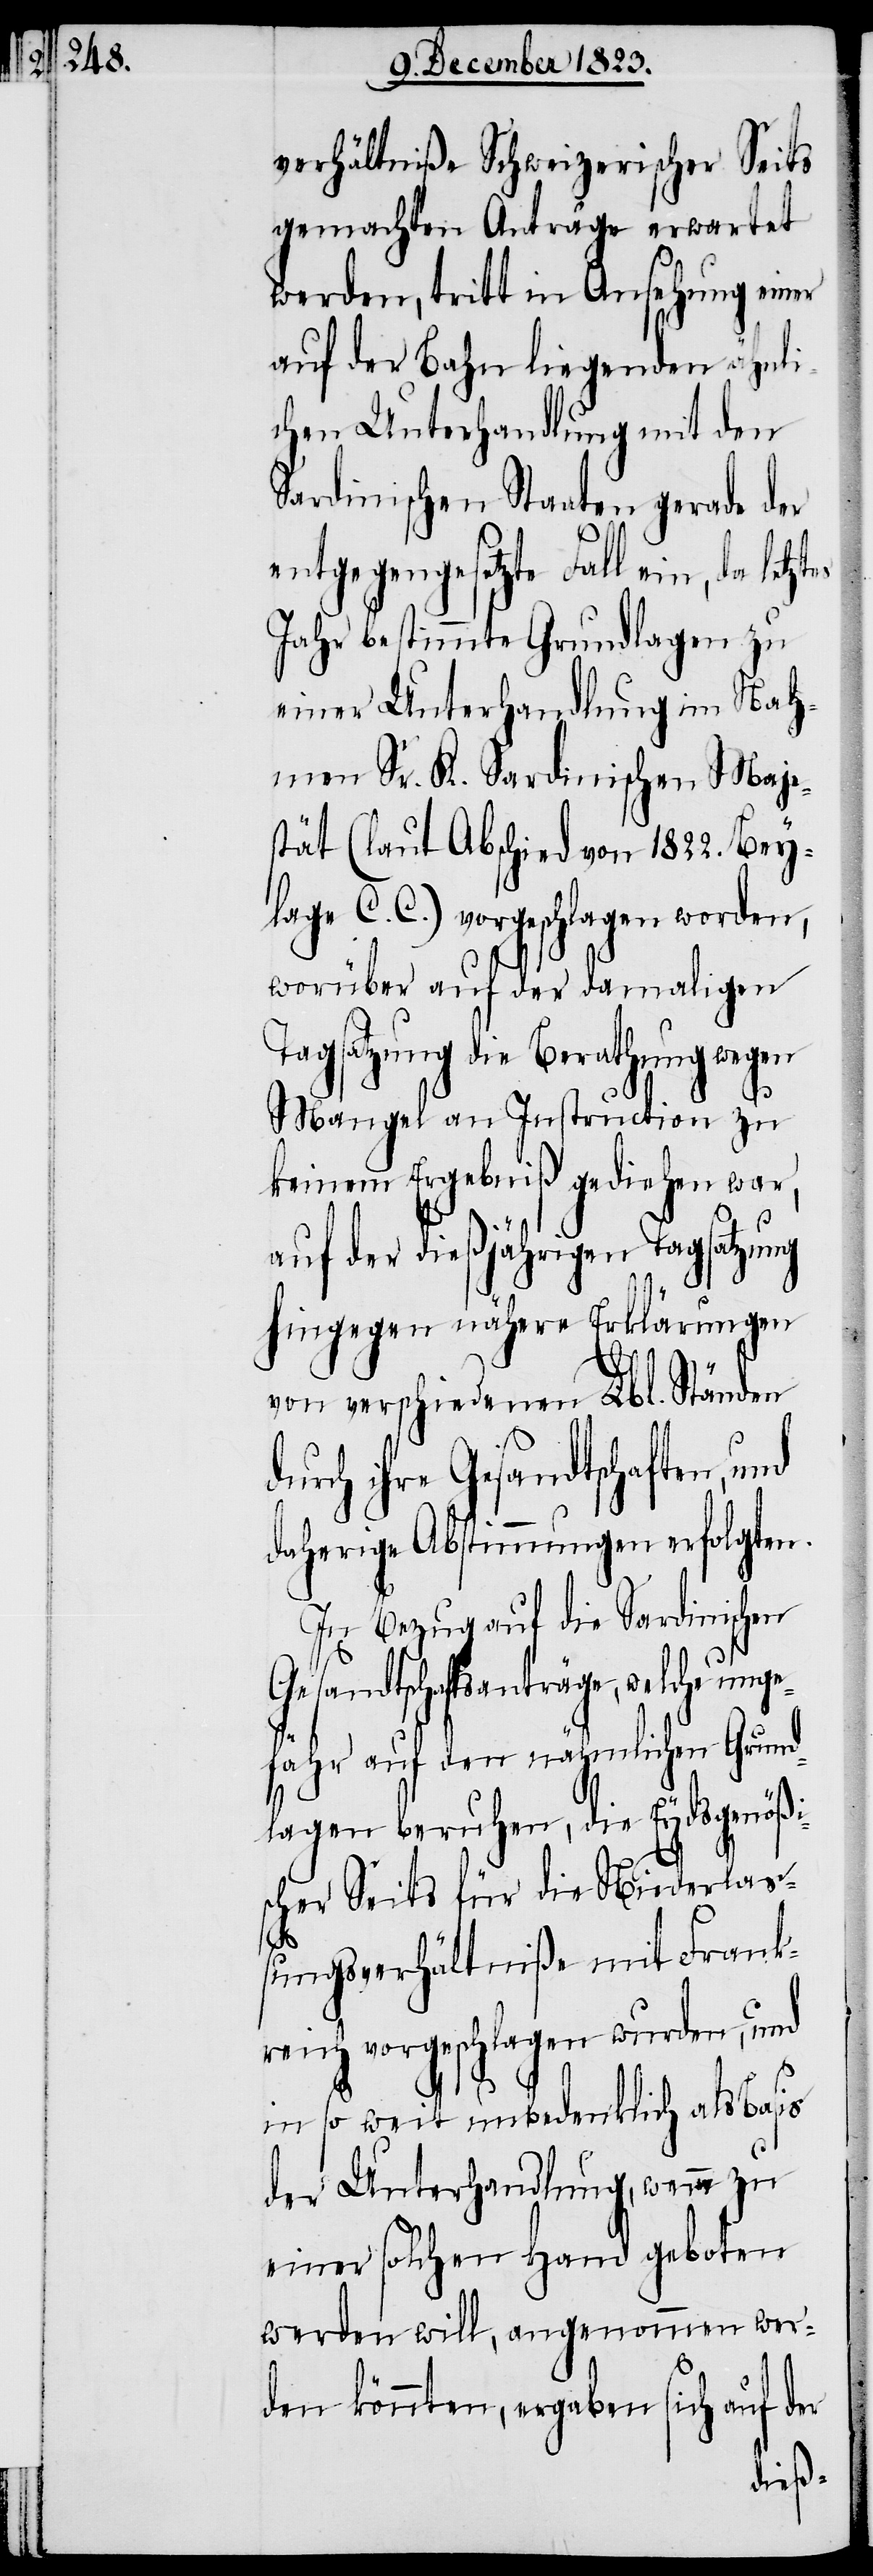
ztes

verhältniße Schweizerischer Seits
gemachten Anträge erwartet
werden, tritt in Ansehung einer
auf der Bahn liegenden ähnli¬
chen Unterhandlung mit den
Sardinischen Staaten gerade der
entgegengesetzte Fall ein, da let¬
Jahr bestimmte Grundlagen zu
einer Unterhandlung im Nah¬
men Sr. K. Sardinischen Maje¬
stät (laut Abschied von 1822. Bey¬
lage C. C.) vorgeschlagen worden,
worüber auf der damaligen
Tagsatzung die Berathung wegen
Mangel an Instruction zu
keinem Ergebniß gediehen war,
auf der dießjährigen Tagsatzung
hingegen nähere Erklärungen
von verschiedenen Lbl. Ständen
durch ihre Gesandtschaften,
daherige Abstimmungen erfolgten.
In Bezug auf die Sardinischen
Gesandtschaftsanträge, welche unge¬
fähr auf den nähmlichen Grund¬
lagen beruhen, die Eydsgenößi¬
scher Seits für die Niederla¬
ßungsverhältniße mit Frank¬
reich vorgeschlagen wurden, und
in so weit unbedenklich als Basis
der Unterhandlung, wenn zu
einer solchen Hand geboten
werden will, angenommen wer¬
den könnten, ergaben sich auf der